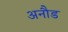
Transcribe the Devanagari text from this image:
अनौड